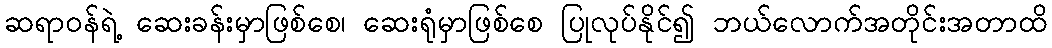
ဆရာ၀န်ရဲ့ ဆေးခန်းမှာဖြစ်စေ၊ ဆေးရုံမှာဖြစ်စေ ပြုလုပ်နိုင်၍ ဘယ်လောက်အတိုင်းအတာထိ